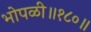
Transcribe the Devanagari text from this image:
भोपळी॥१८०॥